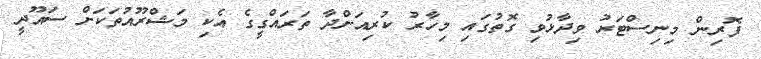
ފޮރިން މިނިސްޓަރު ވިދާޅުވި ގޮތުގައި މިހާރު ކުރިއަށްދާ ތަރައްގީގެ އެކި މަޝްރޫއުތަކަށް ސައޫދީ